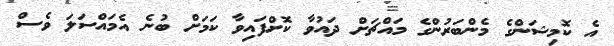
އެ ކޮމިޝަންގެ މެންބަރުންގެ މައްޗަށް ދައުވާ ކޮށްފައިވާ ކަމަށް ބުނެ އެމައްސަލަ ވެސް